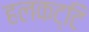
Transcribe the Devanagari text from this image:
हलकट्टि